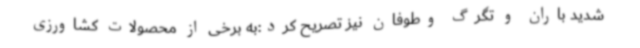
شدید باران و تگرگ وطوفان نیز تصریح کرد:به برخی از محصولات کشاورزی